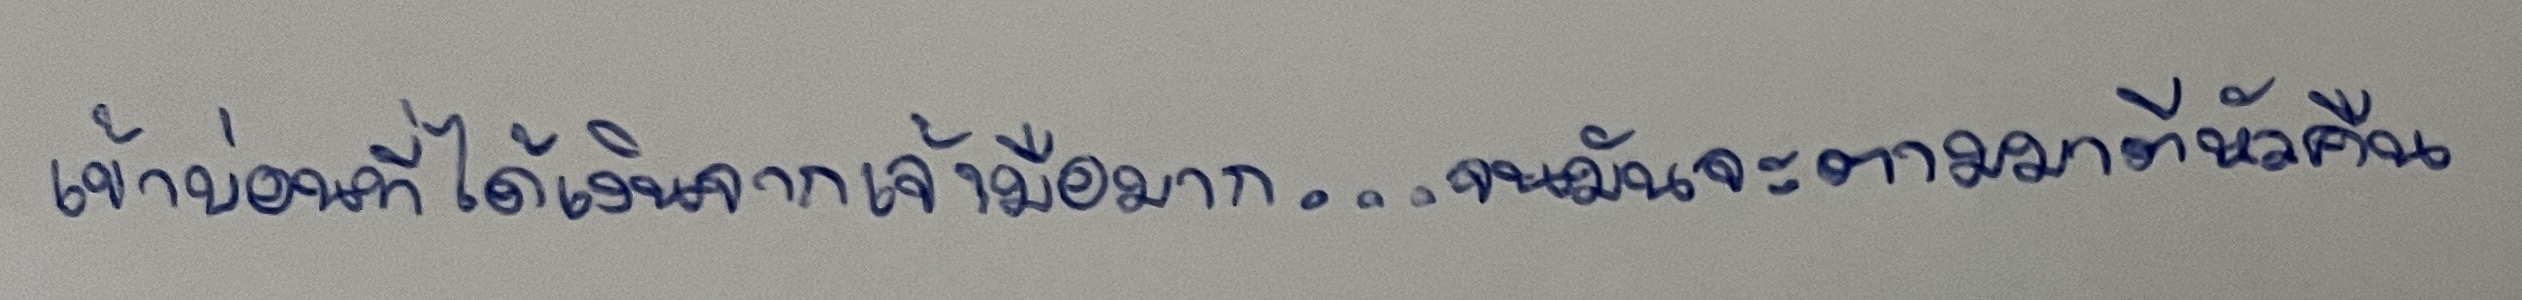
เข้าบ่อนที่ได้เงินจากเจ้ามือมาก...จนมันจะตามมาตีหัวเอาคืน"